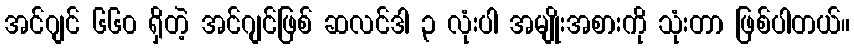
အင်ဂျင် ၆၆၀ ရှိတဲ့ အင်ဂျင်ဖြစ် ဆလင်ဒါ ၃ လုံးပါ အမျိုးအစားကို သုံးတာ ဖြစ်ပါတယ်။